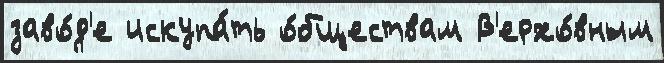
заво́д'е искупа́ть о́бществам В'ерхо́вным